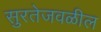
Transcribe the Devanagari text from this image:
सुरतेजवळील